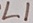
Text: L1